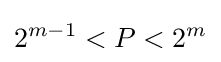
2^{m-1}<P<2^{m}